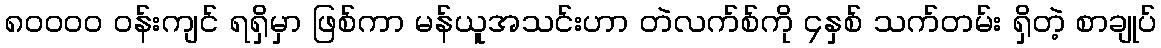
၈၀၀၀၀ ဝန်းကျင် ရရှိမှာ ဖြစ်ကာ မန်ယူအသင်းဟာ တဲလက်စ်ကို ၄နှစ် သက်တမ်း ရှိတဲ့ စာချုပ်